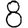
Digit: 8